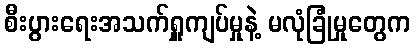
စီးပွားရေးအသက်ရှူကျပ်မှုနဲ့ မလုံခြုံမှုတွေက